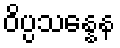
ဝိပ္ပသန္နေန